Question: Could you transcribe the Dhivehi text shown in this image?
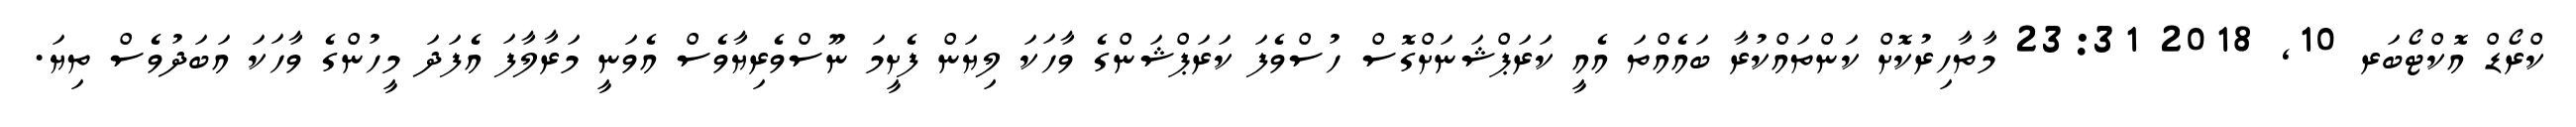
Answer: ކްރޯޑް އޮކްޓޯބަރ 10, 2018 23:31 މާތާހިރުކޮށް ކަންތައްކުރާ ބައެއްތަ އެއީ ކަރަޕްޝަނަށްގޮސް ހުސްވެފަ ކަރަޕްޝަންގެ ވާހަކަ ލިޔަން ފެށީމަ ނޫސްވެރިޔާވެސް އެވަނީ މަރާލާފަ އެފަދަ މީހުންގެ ވާހަކަ އަބަދުވެސް ތިޔަ.